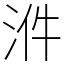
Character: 𣴓